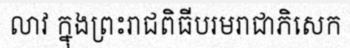
លាវ ក្នុងព្រះរាជពិធីបរមរាជាភិសេក